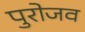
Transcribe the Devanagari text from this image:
पुरोजव